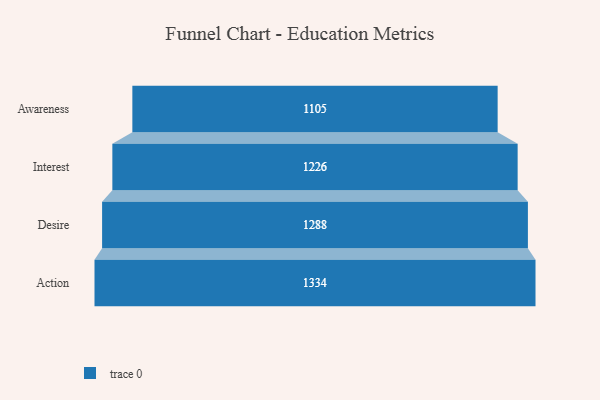
{"axis": {"x": "Stage", "y": "Value"}, "legend": [""], "data": [{"x": "Awareness", "y": 1105.0, "type": ""}, {"x": "Interest", "y": 1226.0, "type": ""}, {"x": "Desire", "y": 1288.0, "type": ""}, {"x": "Action", "y": 1334.0, "type": ""}]}